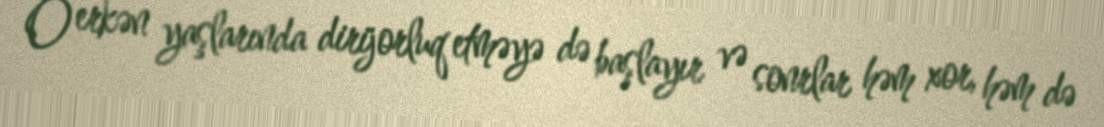
O erkən yaşlarında dirijorluq etməyə də başlayır və sonrlar həm xor, həm də